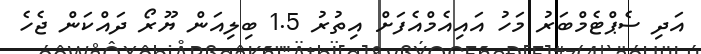
އަދި ސެޕްޓެމްބަރު މަހު އައިއެމްއެފަށް އިތުރު 1.5 ބިލިއަން ޔޫރޯ ދައްކަަން ޖެހެ